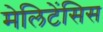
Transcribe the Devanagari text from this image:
मेलिटेंसिस